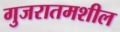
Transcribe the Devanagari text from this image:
गुजरातमशील